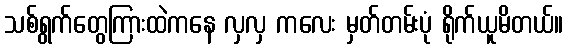
သစ်ရွက်တွေကြားထဲကနေ လှလှ ကလေး မှတ်တမ်းပုံ ရိုက်ယူမိတယ်။